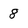
Character: 8